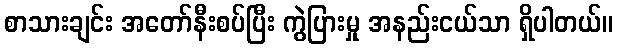
စာသားချင်း အတော်နီးစပ်ပြီး ကွဲပြားမှု အနည်းငယ်သာ ရှိပါတယ်။